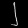
Digit: ၂